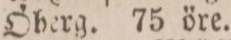
Öberg. 75 öre.